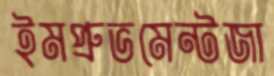
ইমপ্রুভমেন্টজা